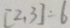
[ 2 , 3 ] = 6